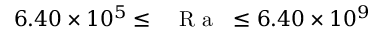
6 . 4 0 \times 1 0 ^ { 5 } \leq \mathrm { ~ \textit ~ { ~ R ~ a ~ } ~ } \leq 6 . 4 0 \times 1 0 ^ { 9 }